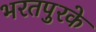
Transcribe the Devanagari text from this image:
भरतपुरके